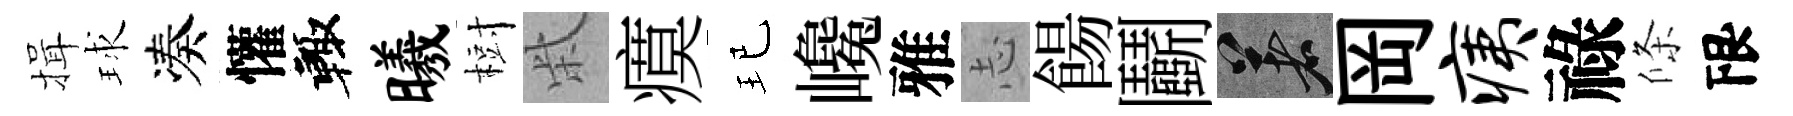
揖球凑懽輙曦𣗳柴瘼玘巉雅𢖽餳鬬著岡痍祿條限